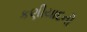
કણીયાદની